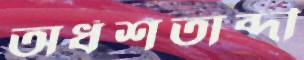
অর্ধশতাব্দী